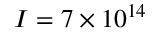
I = 7 \times 1 0 ^ { 1 4 }